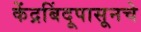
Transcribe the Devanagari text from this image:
केंद्रबिंदूपासूनचे